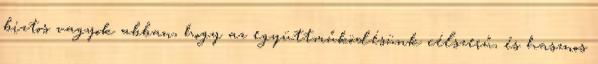
biztos vagyok abban, hogy az együttműködésünk célszerű, és hasznos